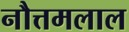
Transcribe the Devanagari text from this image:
नौत्तमलाल